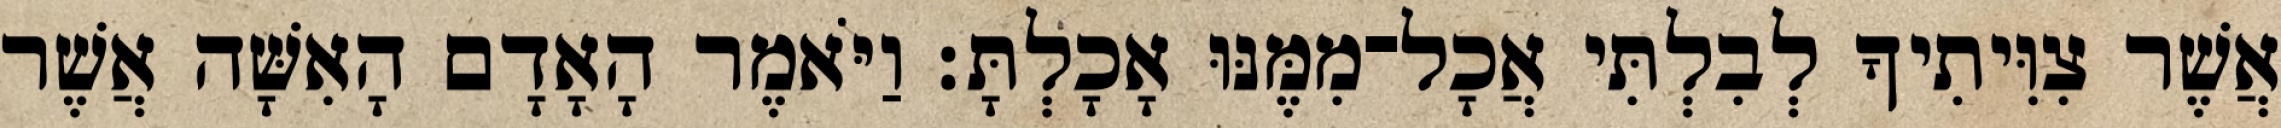
אֲשֶׁר צִוִּיתִיךָ לְבִלְתִּי אֲכָל־מִמֶּנּוּ אָכָלְתָּ׃ וַיֹּאמֶר הָאָדָם הָאִשָּׁה אֲשֶׁר